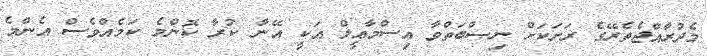
މެދުރާއްޖެތެރޭގެ ރަށަކަށް ނިޞްބަތްވާ އިސްމާޢީލް އަކީ އޭނާ ކުރާ ކޮންމެ ކަމެއްވެސް އެންމެ